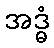
အဒ္ဓံ